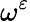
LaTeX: \omega^{\varepsilon}